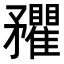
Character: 𥎡